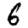
Digit: 6